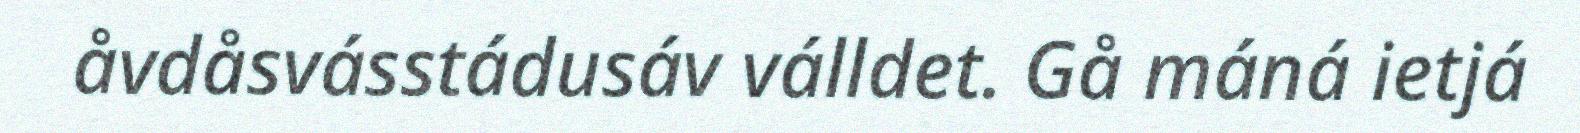
åvdåsvásstádusáv válldet. Gå máná ietjá